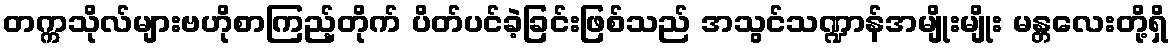
တက္ကသိုလ်များဗဟိုစာကြည့်တိုက် ပိတ်ပင်ခဲ့ခြင်းဖြစ်သည် အသွင်သဏ္ဍာန်အမျိုးမျိုး မန္တလေးတို့ရှိ